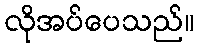
လိုအပ်ပေသည်။